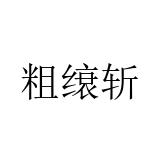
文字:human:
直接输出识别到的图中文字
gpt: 粗缞斩